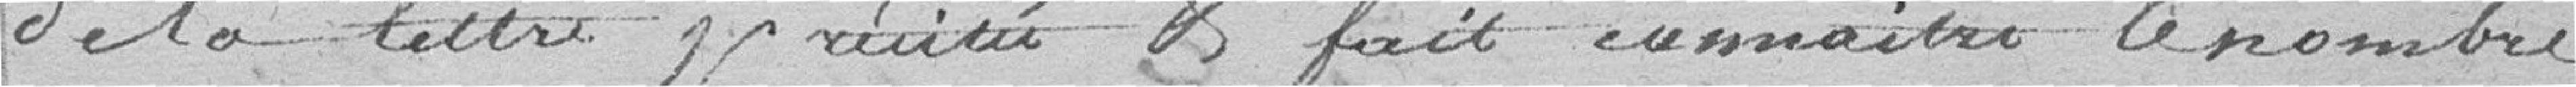
de la lettre précitée & fait connaître le nombre